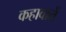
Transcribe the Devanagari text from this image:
कहावातें